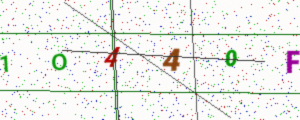
Text: 1O440F